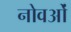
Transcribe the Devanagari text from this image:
नोवओं